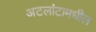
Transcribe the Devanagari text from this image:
अटलांटामधील